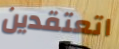
اتعتقدين